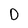
Character: D